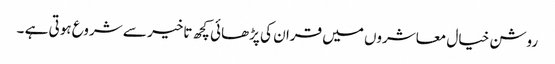
روشن خیال معاشروں میں قران کی پڑھائی کچھ تاخیر سے شروع ہوتی ہے ۔